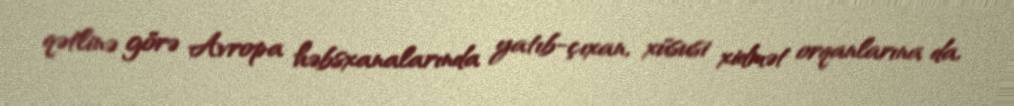
qətlinə görə Avropa həbsxanalarında yatıb-çıxan, xüsusi xidmət orqanlarına da,